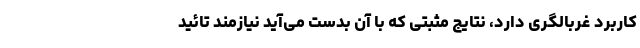
کاربرد غربالگری دارد، نتایج مثبتی که با آن بدست می‌آید نیازمند تائید